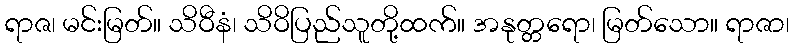
ရာဇ၊ မင်းမြတ်။ သိဝီနံ၊ သိဝိပြည်သူတို့ထက်။ အနုတ္တရော၊ မြတ်သော။ ရာဇာ၊